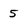
Character: 5